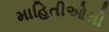
માહિતીઓથી